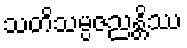
သတိသမ္ပဇညန္တိဿ